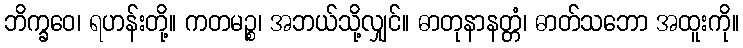
ဘိက္ခဝေ၊ ရဟန်းတို့။ ကတမဉ္စ၊ အဘယ်သို့လျှင်။ ဓာတုနာနတ္တံ၊ ဓာတ်သဘော အထူးကို။